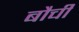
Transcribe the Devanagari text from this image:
बौची